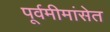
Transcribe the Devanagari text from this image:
पूर्वमीमांसेत